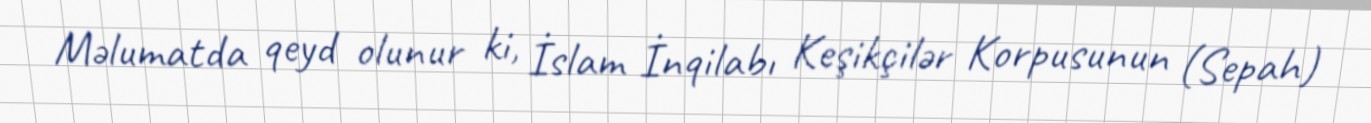
Məlumatda qeyd olunur ki, İslam İnqilabı Keşikçilər Korpusunun (Sepah)